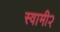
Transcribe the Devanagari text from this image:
स्वामी२